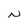
Character: N